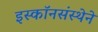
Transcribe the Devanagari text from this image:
इस्कॉनसंस्थेने